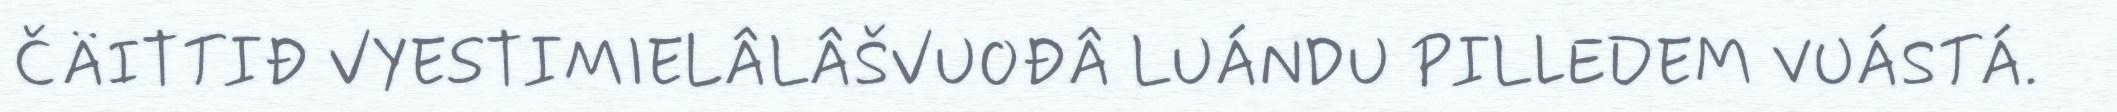
ČÄITTIĐ VYESTIMIELÂLÂŠVUOĐÂ LUÁNDU PILLEDEM VUÁSTÁ.